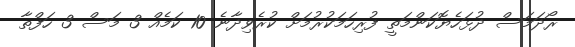
ރޯދަމަސް ދުޅަހެޔޮކަންމަތީ ފުރިހަމަކުރުމަށް ކުރެވިދާނެ 10 ކަމެއް 3 މަސް 3 ހަފްތާ